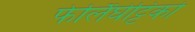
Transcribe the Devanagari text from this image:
फेर्लिंघेट्टिको